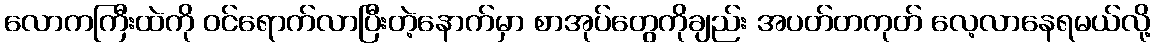
လောကကြီးထဲကို ဝင်ရောက်လာပြီးတဲ့နောက်မှာ စာအုပ်တွေကိုချည်း အပတ်တကုတ် လေ့လာနေရမယ်လို့